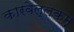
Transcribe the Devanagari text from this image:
कारवेल्लकम्‌